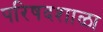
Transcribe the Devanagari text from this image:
परिषदशाळा